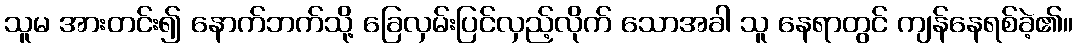
သူမ အားတင်း၍ နောက်ဘက်သို့ ခြေလှမ်းပြင်လှည့်လိုက် သောအခါ သူ နေရာတွင် ကျန်နေရစ်ခဲ့၏။